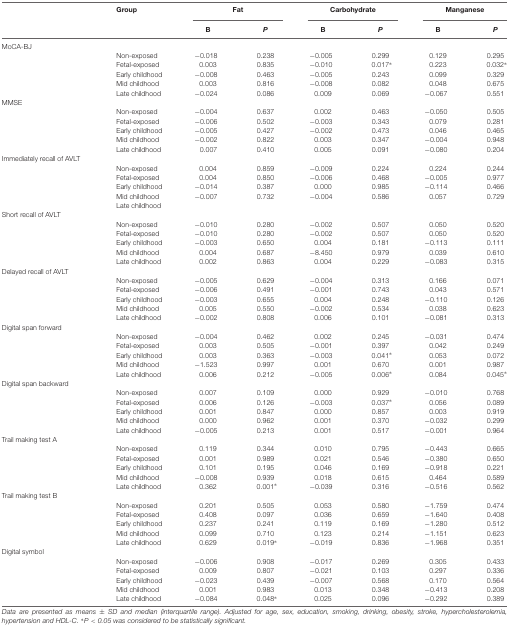
<table><thead><tr><td></td><td><b>Group</b></td><td colspan="2"><b>Fat</b></td><td colspan="2"><b>Carbohydrate</b></td><td colspan="2"><b>Manganese</b></td></tr><tr><td></td><td></td><td><b>B</b></td><td><b><i>P</i></b></td><td><b>B</b></td><td><b><i>P</i></b></td><td><b>B</b></td><td><b><i>P</i></b></td></tr></thead><tbody><tr><td>MoCA-BJ</td><td></td><td></td><td></td><td></td><td></td><td></td><td></td></tr><tr><td></td><td>Non-exposed</td><td>-0.018</td><td>0.238</td><td>-0.005</td><td>0.299</td><td>0.129</td><td>0.295</td></tr><tr><td></td><td>Fetal-exposed</td><td>0.003</td><td>0.835</td><td>-0.010</td><td>0.017<sup>∗</sup></td><td>0.223</td><td>0.032<sup>∗</sup></td></tr><tr><td></td><td>Early childhood</td><td>-0.008</td><td>0.463</td><td>-0.005</td><td>0.243</td><td>0.099</td><td>0.329</td></tr><tr><td></td><td>Mid childhood</td><td>0.003</td><td>0.816</td><td>-0.008</td><td>0.082</td><td>0.048</td><td>0.675</td></tr><tr><td></td><td>Late childhood</td><td>-0.024</td><td>0.086</td><td>0.009</td><td>0.069</td><td>-0.067</td><td>0.551</td></tr><tr><td>MMSE</td><td></td><td></td><td></td><td></td><td></td><td></td><td></td></tr><tr><td></td><td>Non-exposed</td><td>-0.004</td><td>0.637</td><td>0.002</td><td>0.463</td><td>-0.050</td><td>0.505</td></tr><tr><td></td><td>Fetal-exposed</td><td>-0.006</td><td>0.502</td><td>-0.003</td><td>0.343</td><td>0.079</td><td>0.281</td></tr><tr><td></td><td>Early childhood</td><td>-0.005</td><td>0.427</td><td>-0.002</td><td>0.473</td><td>0.046</td><td>0.465</td></tr><tr><td></td><td>Mid childhood</td><td>-0.002</td><td>0.822</td><td>0.003</td><td>0.347</td><td>-0.004</td><td>0.948</td></tr><tr><td></td><td>Late childhood</td><td>0.007</td><td>0.410</td><td>0.005</td><td>0.091</td><td>-0.080</td><td>0.204</td></tr><tr><td>Immediately recall of AVLT</td><td></td><td></td><td></td><td></td><td></td><td></td><td></td></tr><tr><td></td><td>Non-exposed</td><td>0.004</td><td>0.859</td><td>-0.009</td><td>0.224</td><td>0.224</td><td>0.244</td></tr><tr><td></td><td>Fetal-exposed</td><td>0.004</td><td>0.850</td><td>-0.006</td><td>0.468</td><td>-0.005</td><td>0.977</td></tr><tr><td></td><td>Early childhood</td><td>-0.014</td><td>0.387</td><td>0.000</td><td>0.985</td><td>-0.114</td><td>0.466</td></tr><tr><td></td><td>Mid childhood</td><td>-0.007</td><td>0.732</td><td>-0.004</td><td>0.586</td><td>0.057</td><td>0.729</td></tr><tr><td></td><td>Late childhood</td><td></td><td></td><td></td><td></td><td></td><td></td></tr><tr><td>Short recall of AVLT</td><td></td><td></td><td></td><td></td><td></td><td></td><td></td></tr><tr><td></td><td>Non-exposed</td><td>-0.010</td><td>0.280</td><td>-0.002</td><td>0.507</td><td>0.050</td><td>0.520</td></tr><tr><td></td><td>Fetal-exposed</td><td>-0.010</td><td>0.280</td><td>-0.002</td><td>0.507</td><td>0.050</td><td>0.520</td></tr><tr><td></td><td>Early childhood</td><td>-0.003</td><td>0.650</td><td>0.004</td><td>0.181</td><td>-0.113</td><td>0.111</td></tr><tr><td></td><td>Mid childhood</td><td>0.004</td><td>0.687</td><td>-8.450</td><td>0.979</td><td>0.039</td><td>0.610</td></tr><tr><td></td><td>Late childhood</td><td>0.002</td><td>0.863</td><td>0.004</td><td>0.229</td><td>-0.083</td><td>0.315</td></tr><tr><td>Delayed recall of AVLT</td><td></td><td></td><td></td><td></td><td></td><td></td><td></td></tr><tr><td></td><td>Non-exposed</td><td>-0.005</td><td>0.629</td><td>-0.004</td><td>0.313</td><td>0.166</td><td>0.071</td></tr><tr><td></td><td>Fetal-exposed</td><td>-0.006</td><td>0.491</td><td>-0.001</td><td>0.743</td><td>0.043</td><td>0.571</td></tr><tr><td></td><td>Early childhood</td><td>-0.003</td><td>0.655</td><td>0.004</td><td>0.248</td><td>-0.110</td><td>0.126</td></tr><tr><td></td><td>Mid childhood</td><td>0.005</td><td>0.550</td><td>-0.002</td><td>0.534</td><td>0.038</td><td>0.623</td></tr><tr><td></td><td>Late childhood</td><td>-0.002</td><td>0.808</td><td>0.006</td><td>0.101</td><td>-0.081</td><td>0.313</td></tr><tr><td>Digital span forward</td><td></td><td></td><td></td><td></td><td></td><td></td><td></td></tr><tr><td></td><td>Non-exposed</td><td>-0.004</td><td>0.462</td><td>0.002</td><td>0.245</td><td>-0.031</td><td>0.474</td></tr><tr><td></td><td>Fetal-exposed</td><td>0.003</td><td>0.505</td><td>-0.001</td><td>0.397</td><td>0.042</td><td>0.249</td></tr><tr><td></td><td>Early childhood</td><td>0.003</td><td>0.363</td><td>-0.003</td><td>0.041<sup>∗</sup></td><td>0.053</td><td>0.072</td></tr><tr><td></td><td>Mid childhood</td><td>-1.523</td><td>0.997</td><td>0.001</td><td>0.670</td><td>0.001</td><td>0.987</td></tr><tr><td></td><td>Late childhood</td><td>0.006</td><td>0.212</td><td>-0.005</td><td>0.006<sup>∗</sup></td><td>0.084</td><td>0.045<sup>∗</sup></td></tr><tr><td>Digital span backward</td><td></td><td></td><td></td><td></td><td></td><td></td><td></td></tr><tr><td></td><td>Non-exposed</td><td>0.007</td><td>0.109</td><td>0.000</td><td>0.929</td><td>-0.010</td><td>0.768</td></tr><tr><td></td><td>Fetal-exposed</td><td>0.006</td><td>0.126</td><td>-0.003</td><td>0.037<sup>∗</sup></td><td>0.056</td><td>0.089</td></tr><tr><td></td><td>Early childhood</td><td>0.001</td><td>0.847</td><td>0.000</td><td>0.857</td><td>0.003</td><td>0.919</td></tr><tr><td></td><td>Mid childhood</td><td>0.000</td><td>0.962</td><td>0.001</td><td>0.370</td><td>-0.032</td><td>0.299</td></tr><tr><td></td><td>Late childhood</td><td>-0.005</td><td>0.213</td><td>0.001</td><td>0.517</td><td>-0.001</td><td>0.964</td></tr><tr><td>Trail making test A</td><td></td><td></td><td></td><td></td><td></td><td></td><td></td></tr><tr><td></td><td>Non-exposed</td><td>0.119</td><td>0.344</td><td>0.010</td><td>0.795</td><td>-0.443</td><td>0.665</td></tr><tr><td></td><td>Fetal-exposed</td><td>0.001</td><td>0.989</td><td>0.021</td><td>0.546</td><td>-0.380</td><td>0.650</td></tr><tr><td></td><td>Early childhood</td><td>0.101</td><td>0.195</td><td>0.046</td><td>0.169</td><td>-0.918</td><td>0.221</td></tr><tr><td></td><td>Mid childhood</td><td>-0.008</td><td>0.939</td><td>0.018</td><td>0.615</td><td>0.464</td><td>0.589</td></tr><tr><td></td><td>Late childhood</td><td>0.362</td><td>0.001<sup>∗</sup></td><td>-0.039</td><td>0.316</td><td>-0.516</td><td>0.562</td></tr><tr><td>Trail making test B</td><td></td><td></td><td></td><td></td><td></td><td></td><td></td></tr><tr><td></td><td>Non-exposed</td><td>0.201</td><td>0.505</td><td>0.053</td><td>0.580</td><td>-1.759</td><td>0.474</td></tr><tr><td></td><td>Fetal-exposed</td><td>0.408</td><td>0.097</td><td>0.036</td><td>0.659</td><td>-1.640</td><td>0.408</td></tr><tr><td></td><td>Early childhood</td><td>0.237</td><td>0.241</td><td>0.119</td><td>0.169</td><td>-1.280</td><td>0.512</td></tr><tr><td></td><td>Mid childhood</td><td>0.099</td><td>0.710</td><td>0.123</td><td>0.214</td><td>-1.151</td><td>0.623</td></tr><tr><td></td><td>Late childhood</td><td>0.629</td><td>0.019<sup>∗</sup></td><td>-0.019</td><td>0.836</td><td>-1.968</td><td>0.351</td></tr><tr><td>Digital symbol</td><td></td><td></td><td></td><td></td><td></td><td></td><td></td></tr><tr><td></td><td>Non-exposed</td><td>-0.006</td><td>0.908</td><td>-0.017</td><td>0.269</td><td>0.305</td><td>0.433</td></tr><tr><td></td><td>Fetal-exposed</td><td>0.009</td><td>0.807</td><td>-0.021</td><td>0.103</td><td>0.297</td><td>0.336</td></tr><tr><td></td><td>Early childhood</td><td>-0.023</td><td>0.439</td><td>-0.007</td><td>0.568</td><td>0.170</td><td>0.564</td></tr><tr><td></td><td>Mid childhood</td><td>0.001</td><td>0.983</td><td>0.013</td><td>0.348</td><td>-0.413</td><td>0.208</td></tr><tr><td></td><td>Late childhood</td><td>-0.084</td><td>0.048<sup>∗</sup></td><td>0.025</td><td>0.096</td><td>-0.292</td><td>0.389</td></tr></tbody></table>